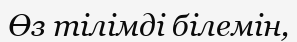
Өз тілімді білемін,